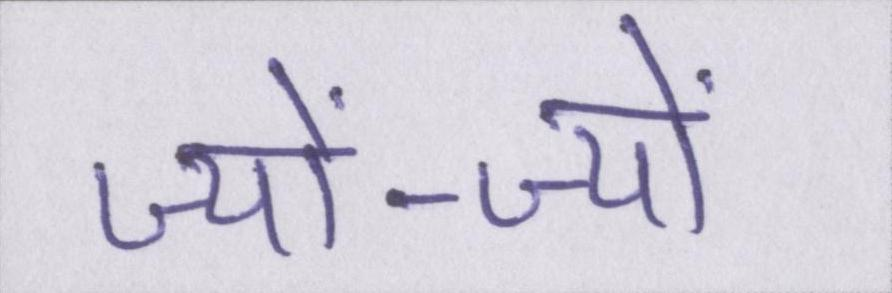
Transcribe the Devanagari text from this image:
ज्यों-ज्यों